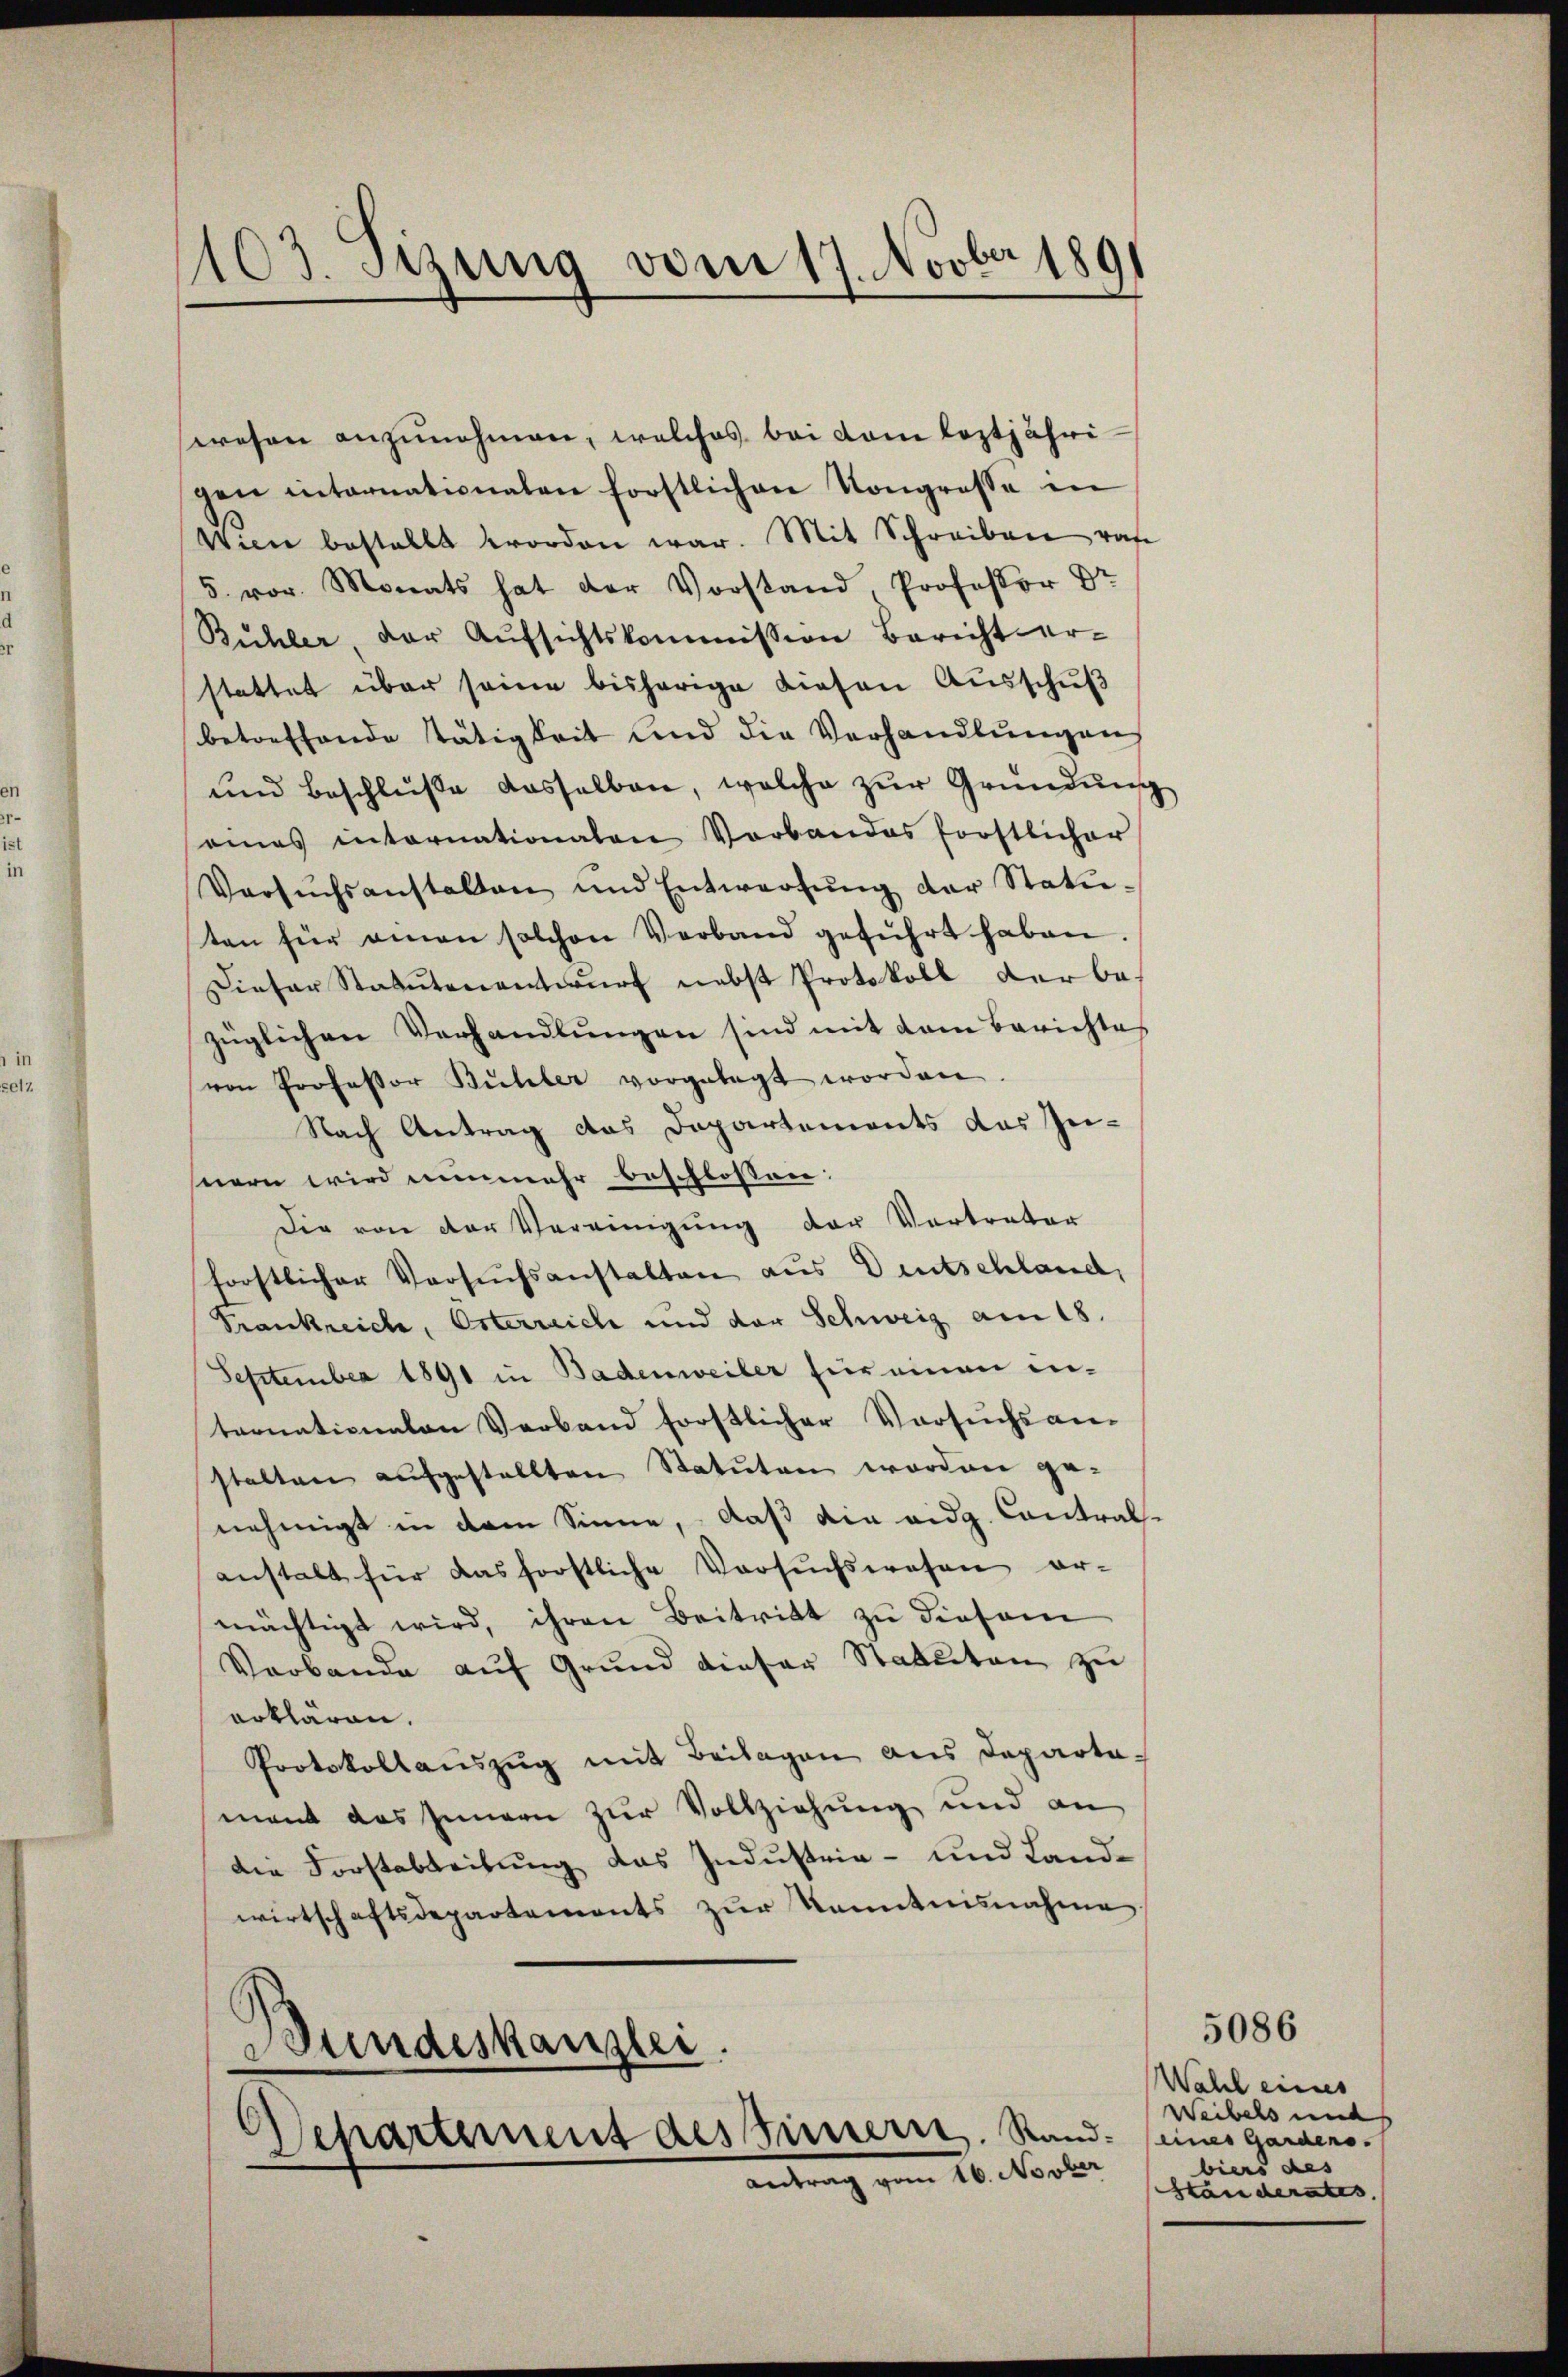
1103. Sitzung vom 17. Novber 1891

wesen anzŭnehmen, welches bei dem leztjährigen internationalen forstlichen Kongrosse in
Wien bestellt worden war. Mit Schreiben von
5. vor. Monats hat der Vorstand, Professor Dr.
Bühler, der Aŭfsichtskommission Bericht er-
stattet über seine bisherige diesen Ausschuß
betreffende Tätigkeit und die Verhandlŭngen
und beschlüße dasselben, welche zŭr Gründung
seines internationaten Vorbandes forstlicher
Versŭchsanstalten und Entwerfŭng der Statu-
ten für einen solchen Verband geführt haben.
Dieser Statutenantwurf nebst Protokoll der bezüglichen Verhandlungen sind mit dem Berichte
von Professor Bühler vorgelegt worden
Nach Antrag das Departements das In-
nern wird nunmehr beschlossen:
Die von der Vereinigung der Vertreter
forstlicher Versuchsanstalten aus Deutschland,
Trankreich, Österreich und der Schweiz am 18.
September 1891 in Badenweiler für einen in-
ternationalen Verband forstlicher Versuchs an-
stalten aufgestellten Statuten worden ge-
nehmigt in dem Sinne, – daß die eidg. Contral-
anstalt für das forstliche Versŭchswesen er-
mächtigt wird, ihren Beitritt zu diesem
Verbande aŭf Grŭnd dieser Statuten zu
erklären.
Protokollauszug mit Beilagen aus Departa-
mant das Innern zur Vollziehung und an
die Forstabteilung das Industria- und Landwirtschaftsdepartements zur Kenntnisnahme
Bundeskanzlei.
Departement des Finnern. Stand: eines Gardensantrag vom 26. Novber

5086
Wahl eines
Weibels uns
biers des
Standerates